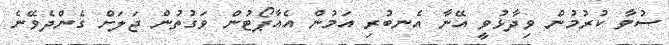
ސުވާ ކުރުމުން ވިދާޅުވީ އޭނާ އެނބުރި އަމުން އެއާޕޯޓުން ވަގުތުން ޖަލަށް ގެންދެވޭނެ